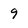
Character: 9